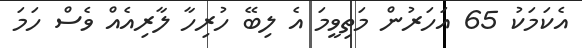
އެކަމަކު 65 އަހަރުން މަތިވީމަ އެ ލިބޭ ހުރިހާ ލާރިއެއް ވެސް ހަމަ